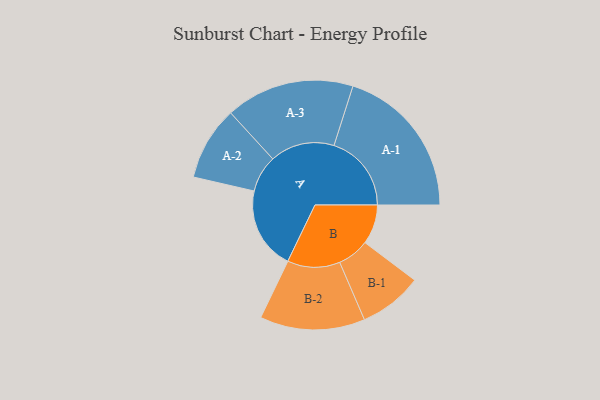
{"axis": {"x": "Segment", "y": "Value"}, "legend": ["", "A", "B"], "data": [{"x": "A", "y": 286, "type": ""}, {"x": "B", "y": 137, "type": ""}, {"x": "A-1", "y": 268, "type": "A"}, {"x": "A-2", "y": 128, "type": "A"}, {"x": "A-3", "y": 223, "type": "A"}, {"x": "B-1", "y": 110, "type": "B"}, {"x": "B-2", "y": 182, "type": "B"}]}